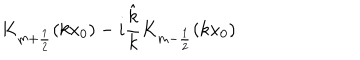
LaTeX: K _ { m + \frac 1 2 } ( k x _ { 0 } ) - i \frac { \hat { k } } { k } K _ { m - \frac 1 2 } ( k x _ { 0 } )